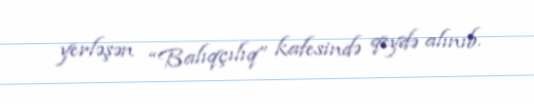
yerləşən “Balıqçılıq” kafesində qeydə alınıb.